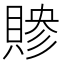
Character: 𬥜